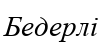
Бедерлі